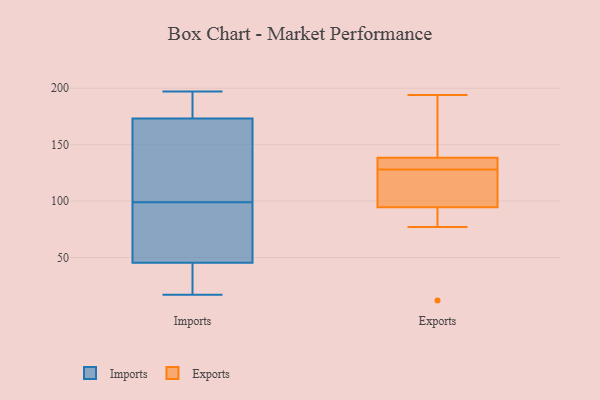
{"axis": {"x": "Demand Index", "y": "Value"}, "legend": ["Exports", "Imports"], "data": [{"x": "", "y": 37, "type": "Imports"}, {"x": "", "y": 178, "type": "Imports"}, {"x": "", "y": 177, "type": "Imports"}, {"x": "", "y": 35, "type": "Imports"}, {"x": "", "y": 94, "type": "Imports"}, {"x": "", "y": 143, "type": "Imports"}, {"x": "", "y": 86, "type": "Imports"}, {"x": "", "y": 48, "type": "Imports"}, {"x": "", "y": 186, "type": "Imports"}, {"x": "", "y": 99, "type": "Imports"}, {"x": "", "y": 197, "type": "Imports"}, {"x": "", "y": 172, "type": "Imports"}, {"x": "", "y": 54, "type": "Imports"}, {"x": "", "y": 127, "type": "Imports"}, {"x": "", "y": 17, "type": "Imports"}, {"x": "", "y": 23, "type": "Imports"}, {"x": "", "y": 112, "type": "Imports"}, {"x": "", "y": 194, "type": "Exports"}, {"x": "", "y": 132, "type": "Exports"}, {"x": "", "y": 95, "type": "Exports"}, {"x": "", "y": 12, "type": "Exports"}, {"x": "", "y": 140, "type": "Exports"}, {"x": "", "y": 93, "type": "Exports"}, {"x": "", "y": 113, "type": "Exports"}, {"x": "", "y": 97, "type": "Exports"}, {"x": "", "y": 77, "type": "Exports"}, {"x": "", "y": 129, "type": "Exports"}, {"x": "", "y": 128, "type": "Exports"}, {"x": "", "y": 138, "type": "Exports"}, {"x": "", "y": 176, "type": "Exports"}]}